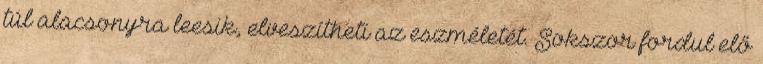
túl alacsonyra leesik, elveszítheti az eszméletét. Sokszor fordul elő